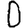
Digit: 0